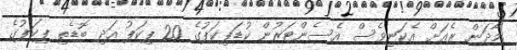
މާދަން ރެއަށް އެކަނިވެސް އެސެންޓަރުން ކުޑަޕިކަޕުގެ 20 ޕިކަޕު އަދި ބޮޑެތި ޕިކަޕުގެ